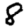
Digit: 8